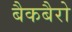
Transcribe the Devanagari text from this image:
बैकबैरो